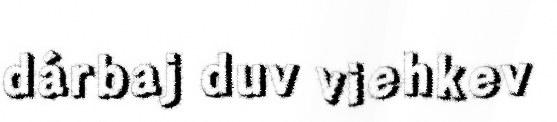
dárbaj duv viehkev